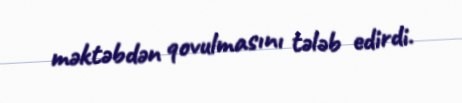
məktəbdən qovulmasını tələb edirdi.